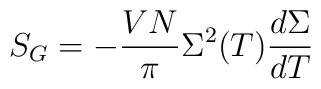
S_G= -{VN \over  \pi} \Sigma^2(T) {d \Sigma \over dT}